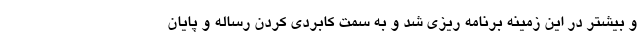
و بیشتر در این زمینه برنامه ریزی شد و به سمت کابردی کردن رساله و پایان